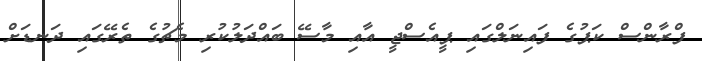
ފްރާންސް ކަޕުގެ ފައިނަލްގައި ޕީއެސްޖީ އާއި މާސޭ ބައްދަލުކުރި މެޗުގެ ތެރޭގައި ދަނޑަށް